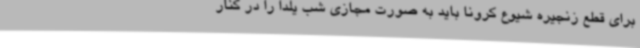
برای قطع زنجیره شیوع کرونا باید به صورت مجازی شب یلدا را در کنار